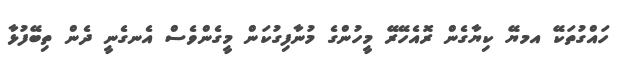
ހައްގުތަކޭ އމޔޭ ކިޔާގެން ރޮއެހޭރޭ މީހުންގެ މުނާފިގުކަން މީގެންވެސް އެނގެނީ ދެން ތިބޭފުޅާ